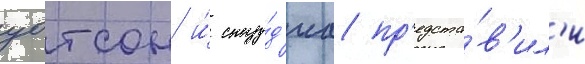
уотсон и́ сту́д'иа пр'едста́в'ил'и